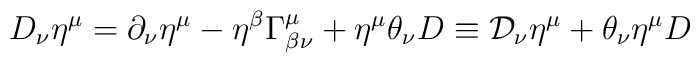
D_{\nu }\eta ^{\mu }=\partial _{\nu }\eta ^{\mu }-\eta ^{\beta }\Gamma_{\beta \nu }^{\mu }+\eta ^{\mu }\theta _{\nu }D\equiv \mathcal{D}_{\nu}\eta ^{\mu }+\theta _{\nu }\eta ^{\mu }D